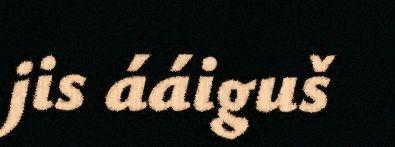
jis ááiguš